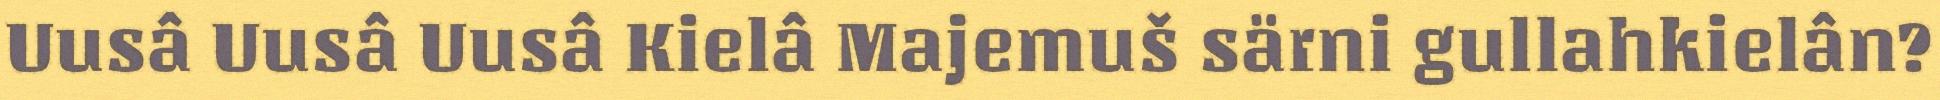
Uusâ Uusâ Uusâ Kielâ Majemuš särni gullahkielân?